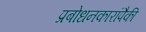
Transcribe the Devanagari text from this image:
प्रबोधनकारांपैकी